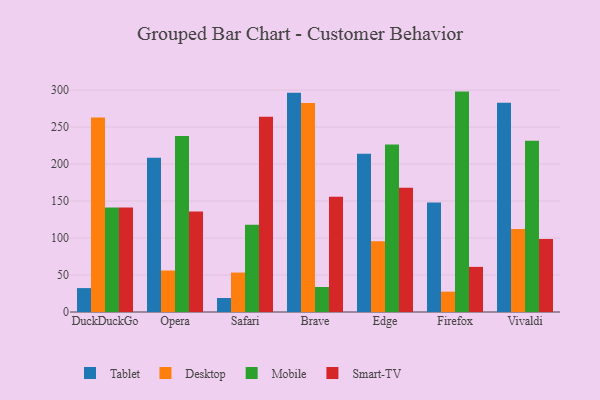
{"axis": {"x": "Browser", "y": "Page Views"}, "legend": ["Desktop", "Mobile", "Smart-TV", "Tablet"], "data": [{"x": "DuckDuckGo", "y": 32.3, "type": "Tablet"}, {"x": "DuckDuckGo", "y": 262.9, "type": "Desktop"}, {"x": "DuckDuckGo", "y": 141.3, "type": "Mobile"}, {"x": "DuckDuckGo", "y": 141.2, "type": "Smart-TV"}, {"x": "Opera", "y": 208.5, "type": "Tablet"}, {"x": "Opera", "y": 56.1, "type": "Desktop"}, {"x": "Opera", "y": 238.0, "type": "Mobile"}, {"x": "Opera", "y": 135.8, "type": "Smart-TV"}, {"x": "Safari", "y": 18.9, "type": "Tablet"}, {"x": "Safari", "y": 53.3, "type": "Desktop"}, {"x": "Safari", "y": 117.8, "type": "Mobile"}, {"x": "Safari", "y": 263.8, "type": "Smart-TV"}, {"x": "Brave", "y": 296.5, "type": "Tablet"}, {"x": "Brave", "y": 282.4, "type": "Desktop"}, {"x": "Brave", "y": 33.8, "type": "Mobile"}, {"x": "Brave", "y": 155.9, "type": "Smart-TV"}, {"x": "Edge", "y": 214.0, "type": "Tablet"}, {"x": "Edge", "y": 95.7, "type": "Desktop"}, {"x": "Edge", "y": 226.4, "type": "Mobile"}, {"x": "Edge", "y": 168.0, "type": "Smart-TV"}, {"x": "Firefox", "y": 148.1, "type": "Tablet"}, {"x": "Firefox", "y": 27.5, "type": "Desktop"}, {"x": "Firefox", "y": 297.9, "type": "Mobile"}, {"x": "Firefox", "y": 61.0, "type": "Smart-TV"}, {"x": "Vivaldi", "y": 282.8, "type": "Tablet"}, {"x": "Vivaldi", "y": 112.2, "type": "Desktop"}, {"x": "Vivaldi", "y": 231.4, "type": "Mobile"}, {"x": "Vivaldi", "y": 98.7, "type": "Smart-TV"}]}